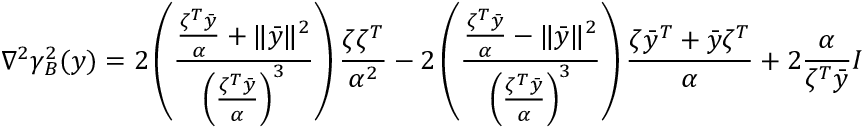
\nabla ^ { 2 } \gamma _ { B } ^ { 2 } ( y ) = 2 \left( \frac { \frac { \zeta ^ { T } \bar { y } } { \alpha } + \| \bar { y } \| ^ { 2 } } { \left( \frac { \zeta ^ { T } \bar { y } } { \alpha } \right) ^ { 3 } } \right) \frac { \zeta \zeta ^ { T } } { \alpha ^ { 2 } } - 2 \left( \frac { \frac { \zeta ^ { T } \bar { y } } { \alpha } - \| \bar { y } \| ^ { 2 } } { \left( \frac { \zeta ^ { T } \bar { y } } { \alpha } \right) ^ { 3 } } \right) \frac { \zeta \bar { y } ^ { T } + \bar { y } \zeta ^ { T } } { \alpha } + 2 \frac { \alpha } { \zeta ^ { T } \bar { y } } I